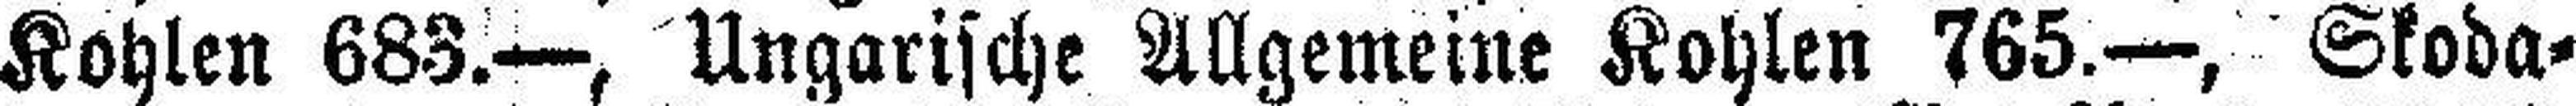
Kohlen 683.—, Ungarische Allgemeine Kohlen 765.—, Skoda=